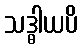
သဒ္ဓါယပိ